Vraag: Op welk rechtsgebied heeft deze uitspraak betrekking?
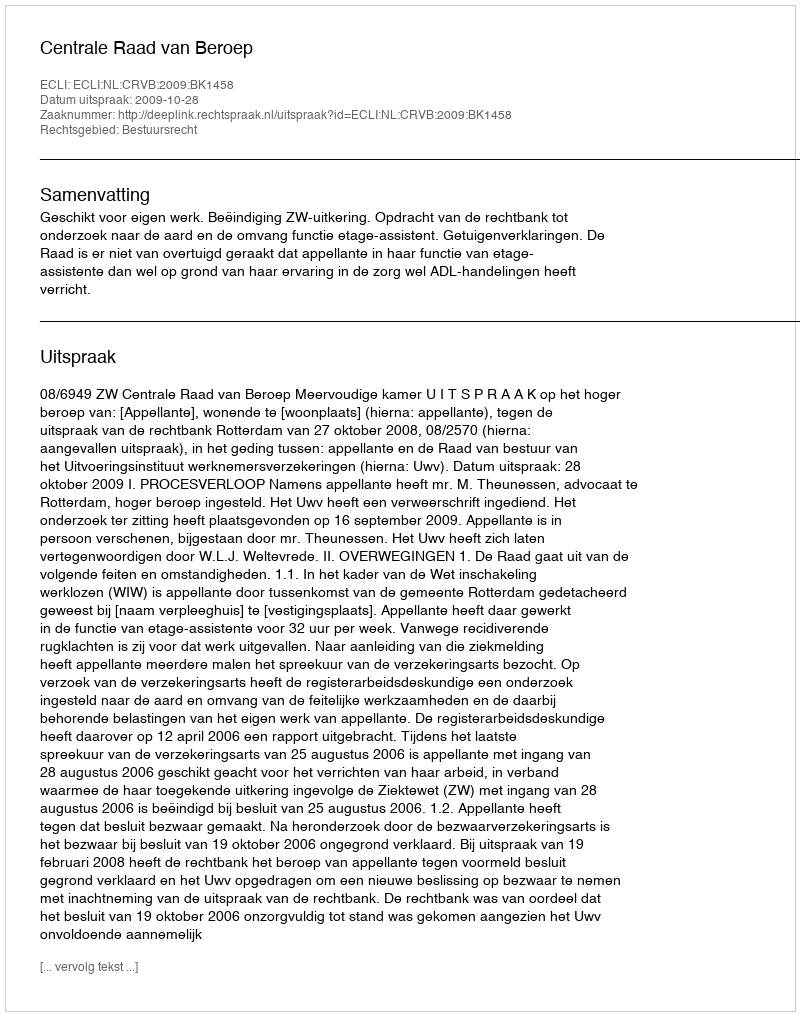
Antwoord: Bestuursrecht